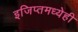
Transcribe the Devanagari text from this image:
इजिप्तमध्येही